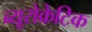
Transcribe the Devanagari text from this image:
ब्यूरोक्रेटिक